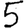
Digit: 5